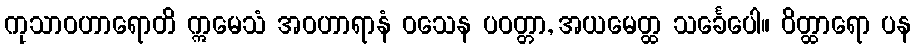
ကုသာဝဟာရောတိ ဣမေသံ အဝဟာရာနံ ဝသေန ပဝတ္တာ, အယမေတ္ထ သင်္ခေပေါ။ ဝိတ္ထာရော ပန